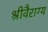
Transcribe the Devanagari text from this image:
श्रीवैराग्य